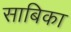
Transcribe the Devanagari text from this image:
साबिका